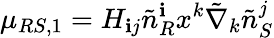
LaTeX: \mu_{RS,1}=H_{\mathbf{i}j}\tilde{{n}}_{R}^{\mathbf{i}}x^{k}\tilde{{\nabla}}_{k}\tilde{{n}}_{S}^{j}